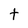
Character: t